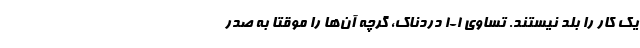
یک کار را بلد نیستند. تساوی 1-1 دردناک، گرچه آن‌ها را موقتاً به صدر